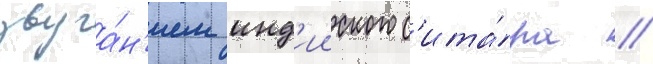
звуча́н'ием инд'ииского с'ита́ра //